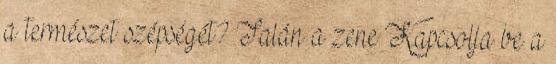
a természet szépségét? Talán a zene Kapcsolja be a